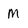
Character: M